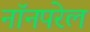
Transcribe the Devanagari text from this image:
नॉनपरेल